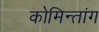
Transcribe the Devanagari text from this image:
कोमिन्तांग